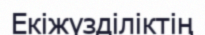
Екіжүзділіктің